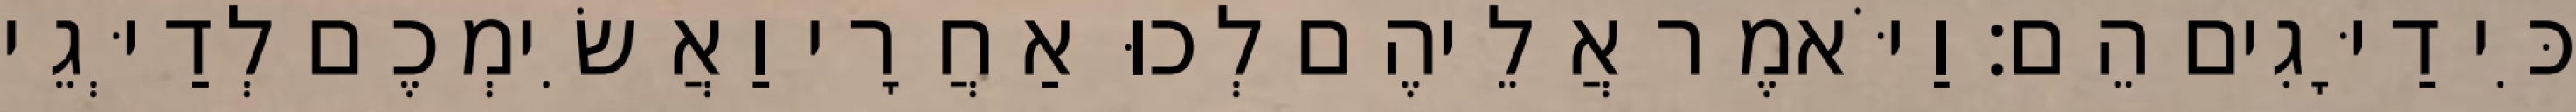
כִּי דַיָּגִים הֵם׃ וַיֹּאמֶר אֲלֵיהֶם לְכוּ אַחֲרָי וַאֲשִׂימְכֶם לְדַיְּגֵי